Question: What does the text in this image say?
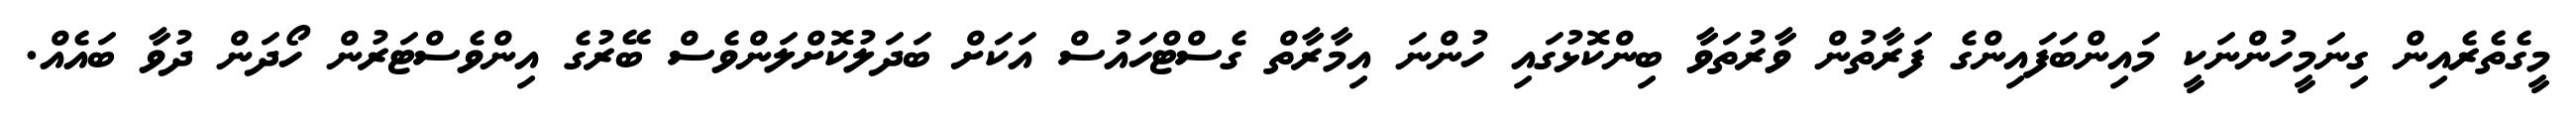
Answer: މީގެތެރެއިން ގިނަމީހުންނަކީ މައިންބަފައިންގެ ފަރާތުން ވާރުތަވާ ބިންކޮޅުގައި ހުންނަ އިމާރާތް ގެސްޓްހައުސް އަކަށް ބަދަލުކޮށްލަންވެސް ބޭރުގެ އިންވެސްޓަރުން ހޯދަން ދުވާ ބައެއް.